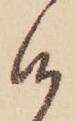
候